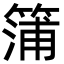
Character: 䈬